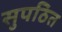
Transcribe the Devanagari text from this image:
सुपठित